Report on the working of the Ranchi Indian Mental Hospital, Kanke, in Bihar and Orissa - 1930-1940
Year: 1930
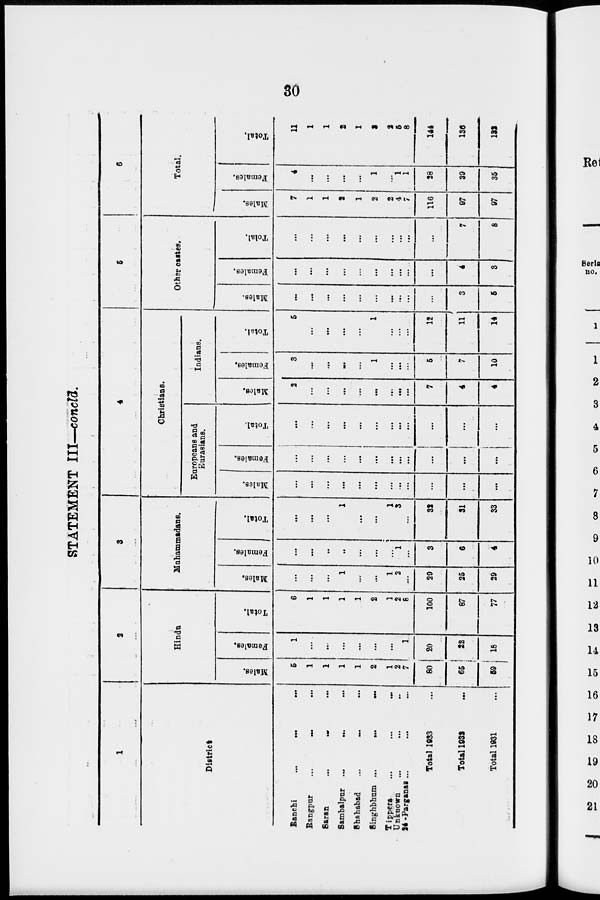
30
STATEMENT III—concld.
1
District
Ranchi ... ... ...
Rangpur
...
...
...
Saran
...
...
...
Sambalpur ...
...
...
Shahabad
...
...
...
Singhbhum ... ... ...
Tippera ... ... ...
Unknown ... ... ...
24 -Parganas ... ... ...
Total 1933 ...
Total 1932 ...
Total 1931 ...
2
Hindu
Males.
5
1
1
1
1
2
1
2
7
80
65
59
Females.
1
...
...
...
...
...
...
...
1
20
22
18
Total.
6
1
1
1
1
2
1
2
8
100
87
77
3
Muhammadans.
Males.
...
...
...
1
...
...
1
2
...
29
25
29
Females.
...
...
...
...
...
...
... 1
...
3
6
4
Total.
...
...
...
1
...
...
1
3
...
32
31
33
4
Christians.
Europeans and
Eurasians.
Males.
...
...
...
...
...
...
...
...
...
...
...
...
Females.
...
...
...
...
...
...
...
...
...
...
...
...
Total.
...
...
...
...
...
...
...
...
...
...
...
...
Indians.
Males.
2
...
...
...
...
...
...
...
...
7
4
4
Females.
3
...
...
...
...
1
...
...
...
5
7
10
Total.
5
...
...
...
...
1
...
...
...
12
11
14
5
Other castes.
Males.
...
...
...
...
...
...
...
...
...
...
3
5
Females.
...
...
...
...
...
...
...
...
...
...
4
3
Total.
...
...
...
...
...
...
...
...
...
...
7
8
6
Total.
Males.
7
1
1
...
1
2
2
4
7
116
97
97
Females.
4
...
...
...
...
1
... 1
1
28
39
35
Total.
11
1
1
2
1
3
2
5
8
144
136
132